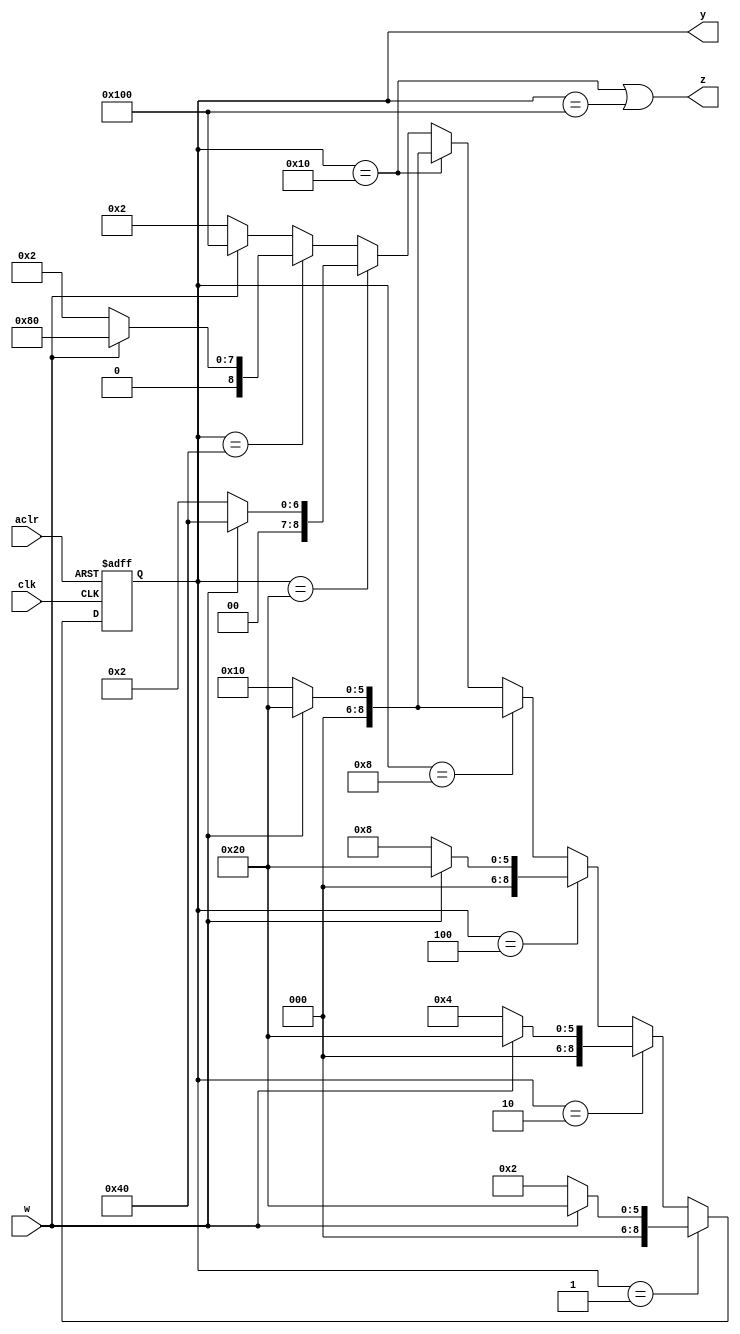
module FSM_one_hot(
	input w, clk, aclr,
	output z, 
	output [8:0] y);
	
		localparam [8:0]
			A = 9'b000000001,
			B = 9'b000000010,
			C = 9'b000000100,
			D = 9'b000001000,
			E = 9'b000010000,
			F = 9'b000100000,
			G = 9'b001000000,
			H = 9'b010000000,
			I = 9'b100000000;
		
		reg [8:0] state;
		
		always @(posedge clk, negedge aclr)
			if (!aclr) state <= A;
			else state <= (state == A) ? (w ? F : B) 
					: (state == B) ? (w ? F : C)
					: (state == C) ? (w ? F : D)
					: (state == D) ? (w ? F : E)
					: (state == E) ? (w ? F : E)
					: (state == F) ? (w ? G : B)
					: (state == G) ? (w ? H : B)
					: (state == H) ? (w ? I : B)
					: (w ? I : B);
		 
		assign z = (state == E) || (state == I);
		assign y = state;
endmodule